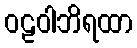
ဝဠဝါဘိရထာ